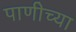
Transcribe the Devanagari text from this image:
पाणीच्या